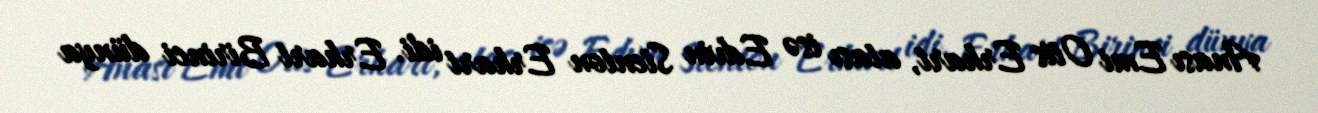
Anası Emi Otis Erhart, atası isə Edvin Stenton Erhart idi. Erhart Birinci dünya